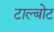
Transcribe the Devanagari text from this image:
टाल्बोट